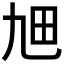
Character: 𤰙